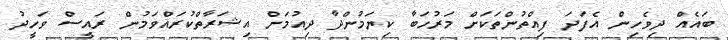
ބައެއް ދިވެހިން އެފަދަ ފިއްތުންތަކަށް މަރުހަބާ ކިޔަމުންދާ ދިއުމަށް އިޝަރާތްކުރައްވަމުން ރައީސް ވަހީދު